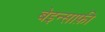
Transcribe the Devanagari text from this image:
बेइन्साफ़ी